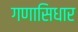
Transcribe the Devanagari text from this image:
गणासिधार